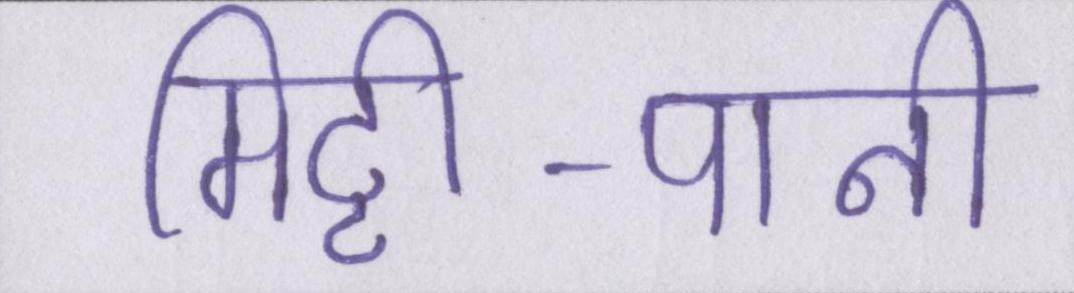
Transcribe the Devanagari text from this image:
मिट्टी-पानी